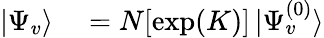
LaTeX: \begin{array}{rl}{|\Psi_{v}\rangle}&{{}=N[\exp(K)]\, |\Psi_{v}^{(0)}\rangle}\end{array}